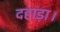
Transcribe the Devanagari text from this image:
दहाड़ा।